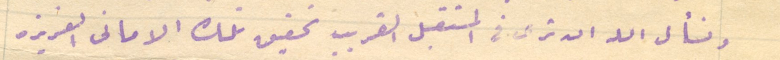
ونسأل الله ان ترى فى المستقبل القريب تحقيق تلك الامانى العزيزه